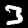
Digit: 3